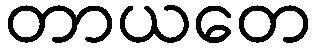
တာယတေ